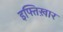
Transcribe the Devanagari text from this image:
इफ्तिख़ार